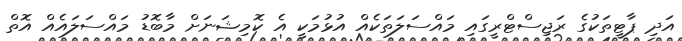
އަދި ޕާޓީތަކުގެ ރަޖިސްޓްރީގައި މައްސަލަތަކެއް އުޅުމަކީ އެ ކޮމިޝަނަށް މާބޮޑު މައްސަލައެއް އޮތް